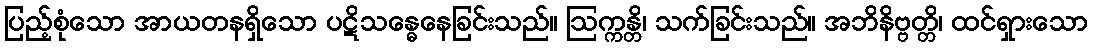
ပြည့်စုံသော အာယတနရှိသော ပဋိသန္ဓေနေခြင်းသည်။ ဩက္ကန္တိ၊ သက်ခြင်းသည်။ အဘိနိဗ္ဗတ္တိ၊ ထင်ရှားသော